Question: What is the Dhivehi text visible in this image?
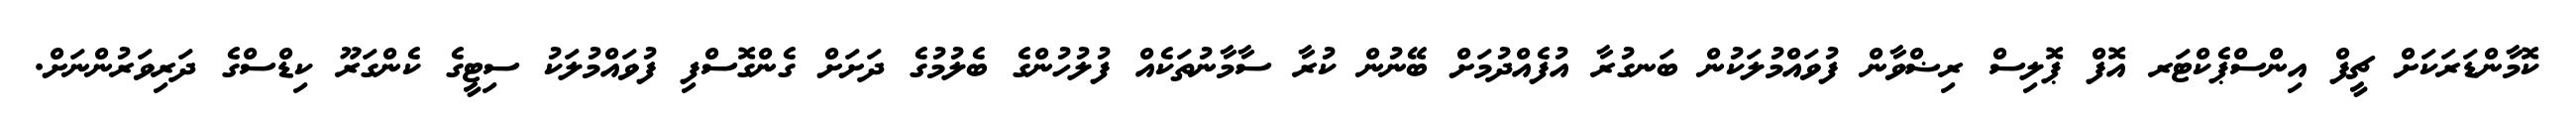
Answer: ކޮމާންޑަރަކަށް ޗީފް އިންސްޕެކްޓަރ އޮފް ޕޮލިސް ރިޟްވާން ފުވައްމުލަކުން ބަނގުރާ އުފެއްދުމަށް ބޭނުން ކުރާ ސާމާނުތަކެއް ފުލުހުންގެ ބެލުމުގެ ދަށަށް ގެންގޮސްފި ފުވައްމުލަކު ސިޓީގެ ކެންގަރޫ ކިޑްސްގެ ދަރިވަރުންނަށް.